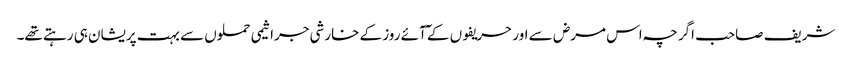
شریف صاحب اگرچہ اس مرض سے اور حریفوں کے ٓآئے روز کے خارشی جراثیمی حملوں سے بہت پریشان ہی رہتے تھے۔